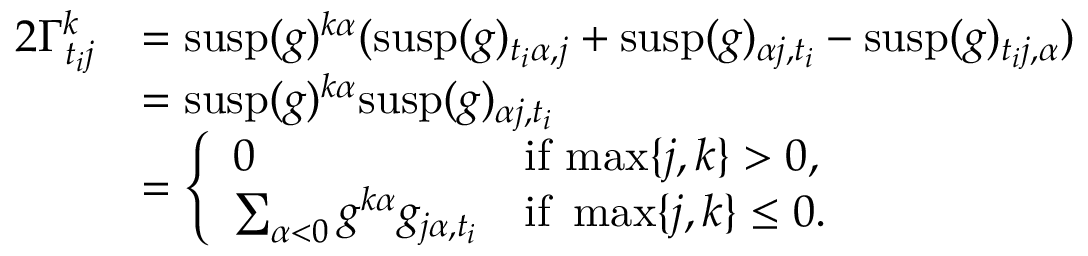
\begin{array} { r l } { 2 \Gamma _ { t _ { i } j } ^ { k } } & { = \mathrm { s u s p } ( g ) ^ { k \alpha } ( \mathrm { s u s p } ( g ) _ { t _ { i } \alpha , j } + \mathrm { s u s p } ( g ) _ { \alpha j , t _ { i } } - \mathrm { s u s p } ( g ) _ { t _ { i } j , \alpha } ) } \\ & { = \mathrm { s u s p } ( g ) ^ { k \alpha } \mathrm { s u s p } ( g ) _ { \alpha j , t _ { i } } } \\ & { = \left\{ \begin{array} { l l } { 0 } & { \mathrm { i f ~ } \mathrm { m a x } \{ j , k \} > 0 , } \\ { \sum _ { \alpha < 0 } g ^ { k \alpha } g _ { j \alpha , t _ { i } } } & { \mathrm { i f ~ } \operatorname* { m a x } \{ j , k \} \leq 0 . } \end{array} \right. } \end{array}